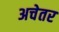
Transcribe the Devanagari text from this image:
अचेतर